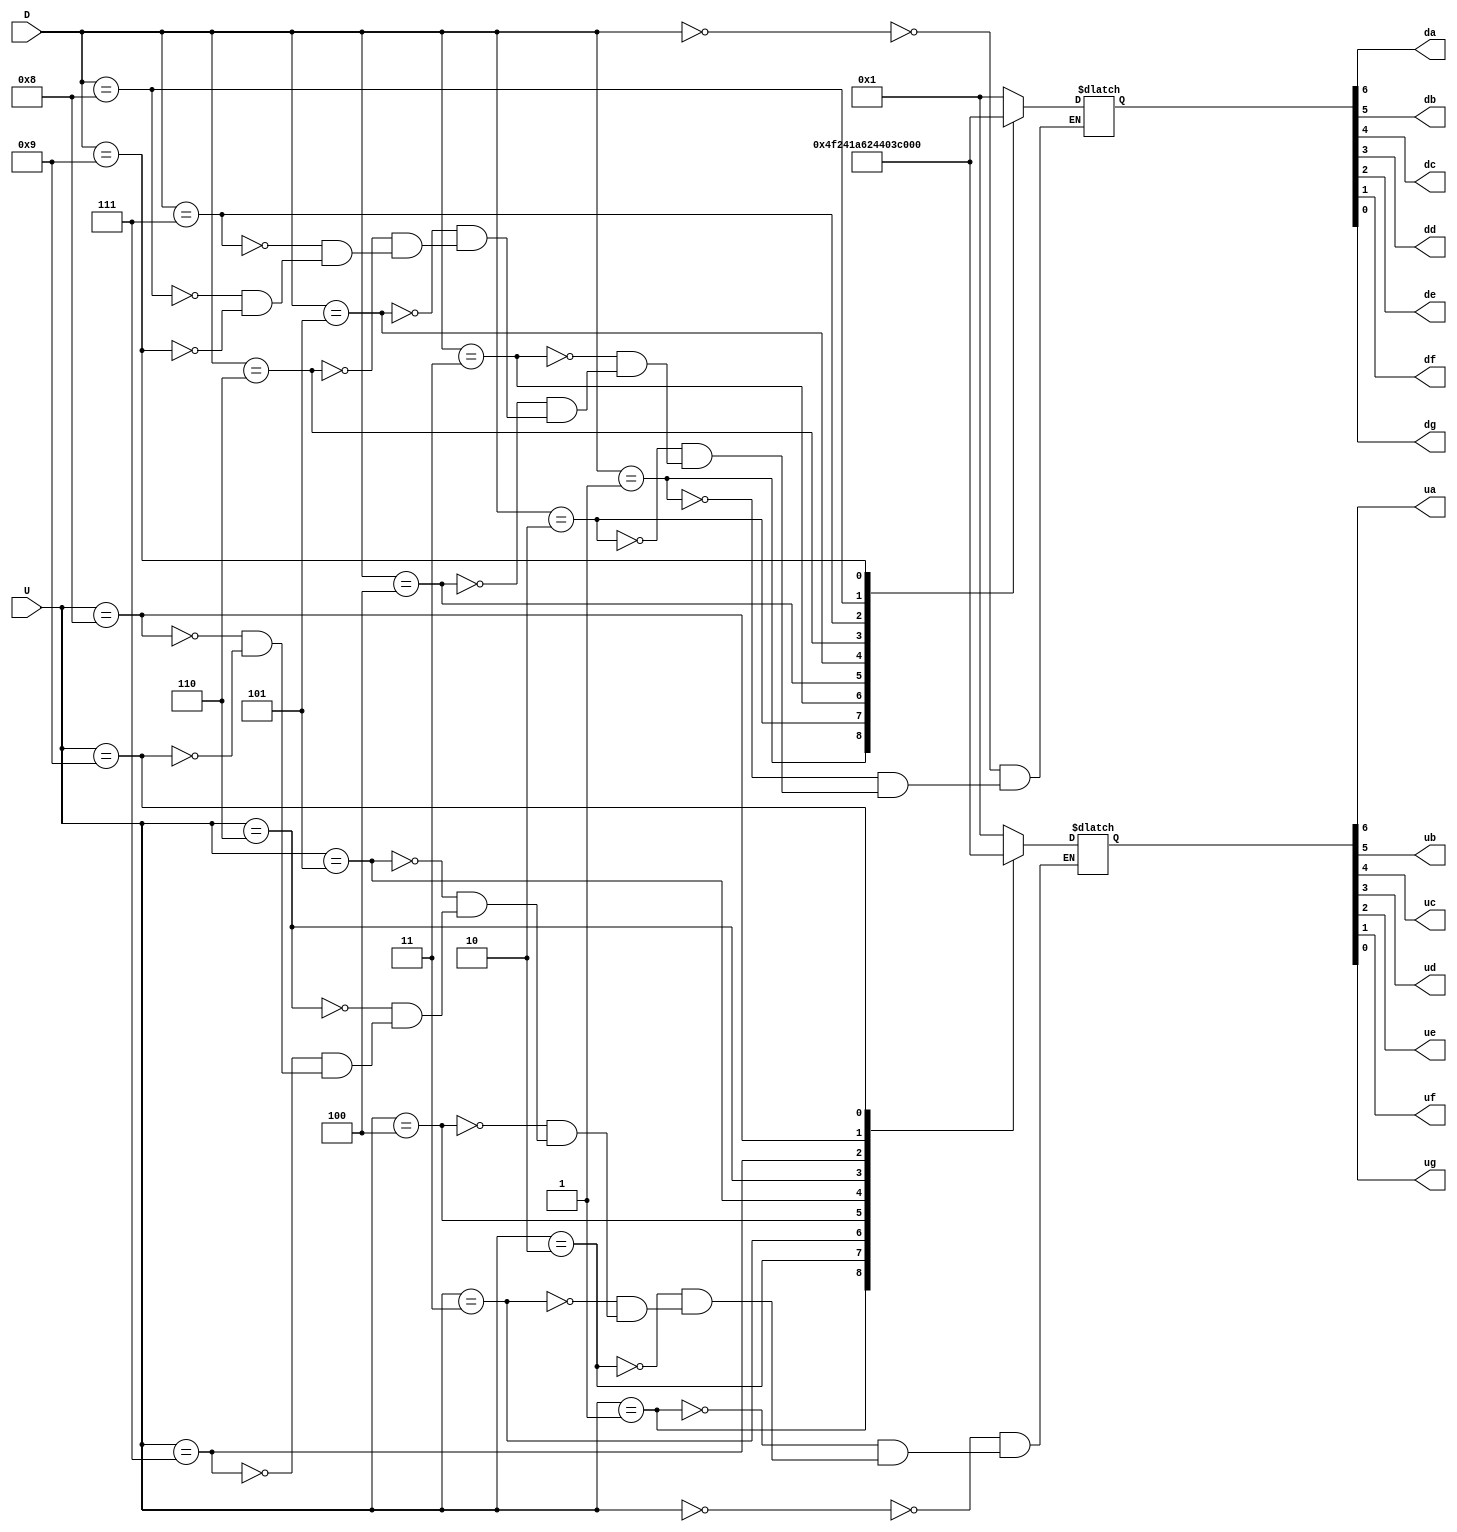
module bcd(D, U, da, db, dc, dd, de, df, dg, ua, ub, uc, ud, ue, uf, ug);

input [7:0] D, U;
output da, db, dc, dd, de, df, dg, ua, ub, uc, ud, ue, uf, ug;
reg [7:0] one, two;
reg [7:0] SeteSegmentos1, SeteSegmentos2;


always @(*) 
begin
	one <= D;
	two <= U;
	
		case(one)
			8'b0000: SeteSegmentos1 = 7'b0000001; //0						
			8'b0001: SeteSegmentos1 = 7'b1001111; //1							
			8'b0010: SeteSegmentos1 = 7'b0010010; //2							
			8'b0011: SeteSegmentos1 = 7'b0000110; //3						
			8'b0100: SeteSegmentos1 = 7'b1001100; //4							
			8'b0101: SeteSegmentos1 = 7'b0100100; //5							
			8'b0110: SeteSegmentos1 = 7'b0100000; //6							
			8'b0111: SeteSegmentos1 = 7'b0001111; //7							
			8'b1000: SeteSegmentos1 = 7'b0000000; //8								
			8'b1001: SeteSegmentos1 = 7'b0000100; //9				
		endcase
		
		case(two)
			8'b0000: SeteSegmentos2 = 7'b0000001; //0						
			8'b0001: SeteSegmentos2 = 7'b1001111; //1							
			8'b0010: SeteSegmentos2 = 7'b0010010; //2							
			8'b0011: SeteSegmentos2 = 7'b0000110; //3						
			8'b0100: SeteSegmentos2 = 7'b1001100; //4							
			8'b0101: SeteSegmentos2 = 7'b0100100; //5							
			8'b0110: SeteSegmentos2 = 7'b0100000; //6							
			8'b0111: SeteSegmentos2 = 7'b0001111; //7							
			8'b1000: SeteSegmentos2 = 7'b0000000; //8								
			8'b1001: SeteSegmentos2 = 7'b0000100; //9			
		endcase

end

assign {da, db, dc, dd, de, df, dg} = SeteSegmentos1;
assign {ua, ub, uc, ud, ue, uf, ug} = SeteSegmentos2;

endmodule